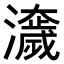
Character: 𤂾